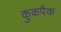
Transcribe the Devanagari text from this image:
कुकपैक